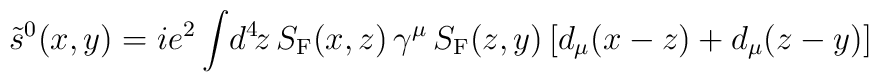
\tilde{s}^{0}(x,y) =  i e^2\int\!d^4\!z\,S_{\rm F}(x,z)\,\gamma^\mu\,S_{\rm F}(z,y)\,[d_\mu(x-z) + d_\mu(z-y)]